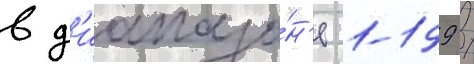
в д'иапазо́н'е 1-199 /